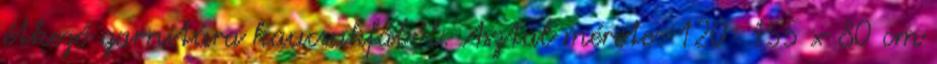
étkező garnitúra kaucsukfából. Asztal mérete: 120 155 x 80 cm